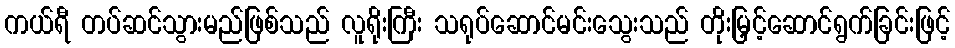
ကယ်ရီ တပ်ဆင်သွားမည်ဖြစ်သည် လူရိုးကြီး သရုပ်ဆောင်မင်းသွေးသည် တိုးမြှင့်ဆောင်ရွက်ခြင်းဖြင့်